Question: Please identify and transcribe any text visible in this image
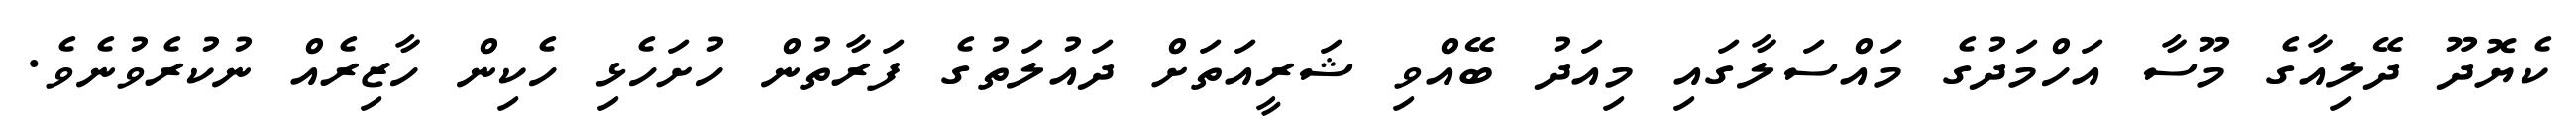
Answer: ކެޔޮދޫ ދޭލިއާގެ މޫސާ އަހްމަދުގެ މައްސަލާގައި މިއަދު ބޭއްވި ޝަރީއަތަށް ދައުލަތުގެ ފަރާތުން ހުށަހެޅި ހެކިން ހާޒިރެއް ނުކުރެވުނެވެ.